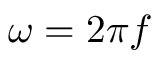
\omega = 2 \pi f